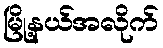
မြို့နယ်အလိုက်